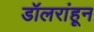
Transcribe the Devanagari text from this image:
डॉलरांहून